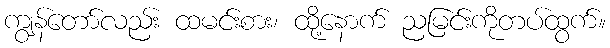
ကျွန်တော်လည်း ထမင်းစား၊ ထို့နောက် ညမြင်းကိုတပ်ထွက်။